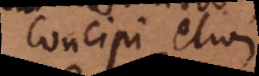
Concipi etiam